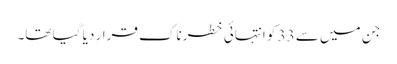
جن میں سے 33 کو انتہائی خطرناک قرار دیا گیا تھا۔